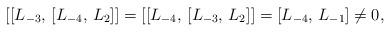
LaTeX: \begin{align*}[[L_{-3}, \, [L_{-4}, \, L_2]]= [[L_{-4}, \, [L_{-3}, \, L_2]] = [L_{-4}, \, L_{-1}] \neq 0,\end{align*}